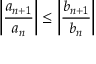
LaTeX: \left\vert { \frac { a _ { n + 1 } } { a _ { n } } } \right\vert \leq \left\vert { \frac { b _ { n + 1 } } { b _ { n } } } \right\vert